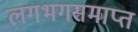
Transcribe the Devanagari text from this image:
लगभगसमाप्त